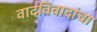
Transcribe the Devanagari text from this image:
वादविवादांचा